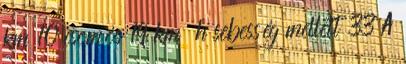
km 10 csomós 19 km h sebesség mellett 33 A